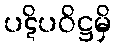
ပဋိပဝိဋ္ဌမှိ